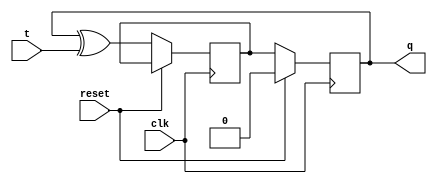
module t_flipflop (
    input wire clk,
    input wire reset,
    input wire t,
    output reg q
);

reg d;

always @(posedge clk) begin
    if (reset) begin
        q <= 1'b0;
    end else begin
        d <= q ^ t;
        q <= d;
    end
end

endmodule